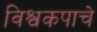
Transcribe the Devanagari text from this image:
विश्वकपाचे